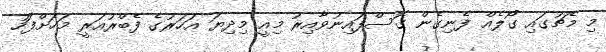
މި މެޗުގައި ގޯލެއް ފެނިގެން ގޮސްފައިނުވާއިރު މިއީ މިދިޔަ އަހަރުގެ ފެބްރުއަރީ މަހަށްފަހު